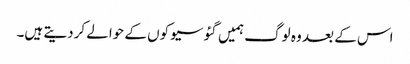
اس کے بعد وہ لوگ ہمیں گئو سیوکوں کے حوالے کردیتے ہیں۔